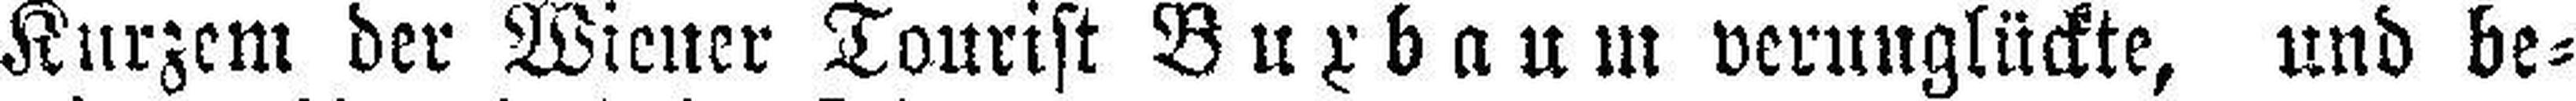
Kurzem der Wiener Tourist Buxbaum verunglückte, und be¬